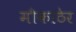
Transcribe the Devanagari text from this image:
मौकाठेर